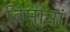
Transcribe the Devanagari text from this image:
विमानां